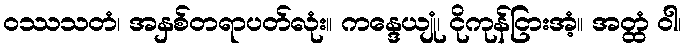
ဝဿသတံ၊ အနှစ်တရာပတ်လုံး။ ကန္ဒေယျုံ၊ ငိုကုန်ငြားအံ့။ အတ္ထံ ဝါ၊